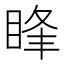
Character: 䀱